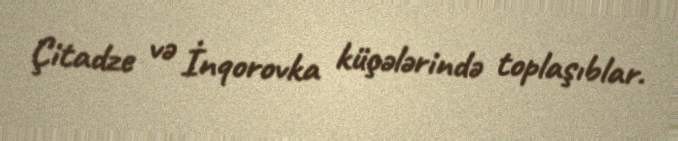
Çitadze və İnqorovka küçələrində toplaşıblar.